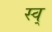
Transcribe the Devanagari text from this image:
स्व्